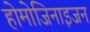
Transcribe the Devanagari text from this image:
होमोजिनाइजन